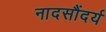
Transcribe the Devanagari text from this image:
नादसौंदर्य